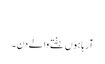
​
آرہا ہوں ہفتے والے دن۔